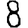
Digit: 8